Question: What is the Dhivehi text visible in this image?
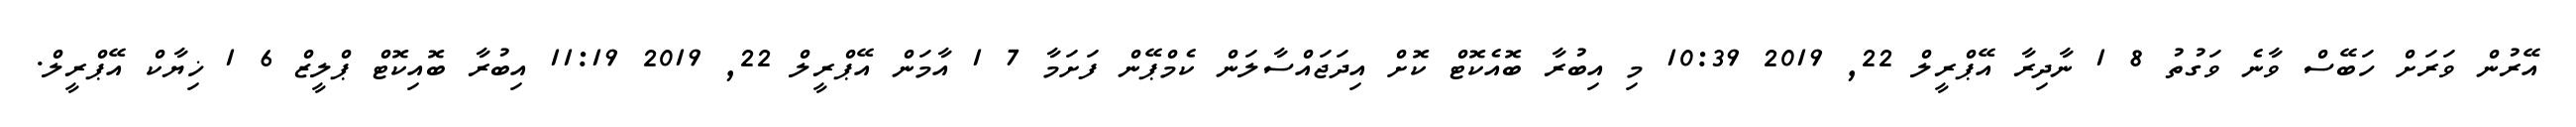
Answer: އޭރުން ވަރަށް ހަބޭސް ވާނެ ވަގުތު 8 1 ނާދިރާ އޭޕްރީލް 22, 2019 10:39 މި އިބުރާ ބޮއެކޮޓް ކޮށް އިދަޖައްސާލަން ކެމްޕޭން ފަށަމާ 7 1 އާމަން އޭޕްރީލް 22, 2019 11:19 އިބުރާ ބޮއިކޮޓް ޕްލީޒް 6 1 ޚިޔާކް އޭޕްރީލް.